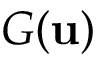
{ \cal G } ( { \bf u } )